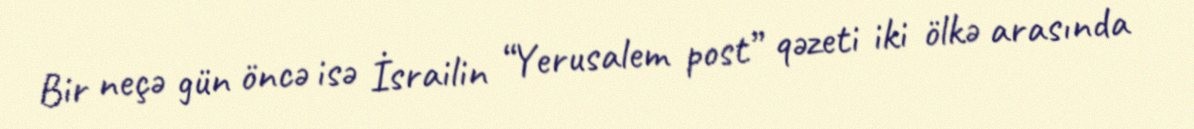
Bir neçə gün öncə isə İsrailin “Yerusalem post” qəzeti iki ölkə arasında